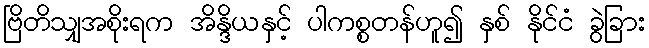
ဗြိတိသျှအစိုးရက အိန္ဒိယနှင့် ပါကစ္စတန်ဟူ၍ နှစ် နိုင်ငံ ခွဲခြား